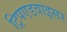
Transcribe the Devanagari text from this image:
ट्रिपएडवाइसर